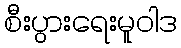
စီးပွားရေးမူဝါဒ